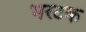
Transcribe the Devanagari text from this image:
भरटक